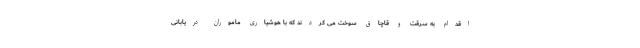
اقدام به سرقت و قاچاق سوخت می کردند که با هوشیاری ماموران دریابانی